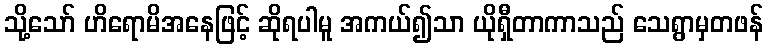
သို့သော် ဟိရောမိအနေဖြင့် ဆိုရပါမူ အကယ်၍သာ ယိုရှီတာကာသည် သေရွာမှတဖန်